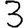
Digit: 3